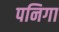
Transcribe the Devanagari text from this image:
पनिगा